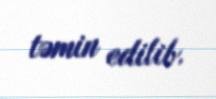
təmin edilib.